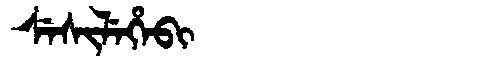
Manchu: ᠰᡝᠰᡳᠯᡝᡥᡝᠪᡳ
Romanization: SESILEHEBI